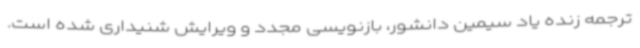
ترجمه زنده یاد سیمین دانشور، بازنویسی مجدد و ویرایش شنیداری شده است.